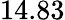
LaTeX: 14.83